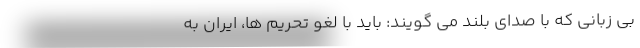
بی زبانی که با صدای بلند می گویند: باید با لغو تحریم ها، ایران به